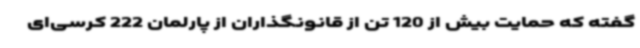
گفته که حمایت بیش از 120 تن از قانونگذاران از پارلمان 222 کرسی‌ای